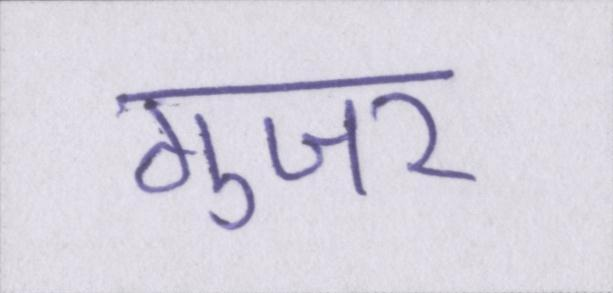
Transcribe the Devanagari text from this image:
गुजर